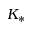
K _ { * }